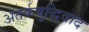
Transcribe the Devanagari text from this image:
अतर्कबुद्धिवाद